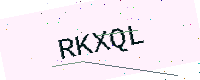
Text: RKXQL